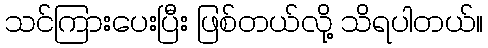
သင်ကြားပေးပြီး ဖြစ်တယ်လို့ သိရပါတယ်။